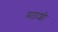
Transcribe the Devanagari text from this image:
मठांशी